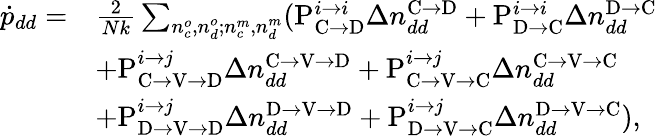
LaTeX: \begin{array}{rl}{\dot{p}_{dd}=}&{\frac{2}{Nk}\sum_{n_{c}^{o},n_{d}^{o};n_{c}^{m},n_{d}^{m}}(\mathrm{P}_{\mathrm{C}\rightarrow\mathrm{D}}^{i\rightarrow i}\Delta n_{dd}^{\mathrm{C}\rightarrow\mathrm{D}}+\mathrm{P}_{\mathrm{D}\rightarrow\mathrm{C}}^{i\rightarrow i}\Delta n_{dd}^{\mathrm{D}\rightarrow\mathrm{C}}}\\ &{+\mathrm{P}_{\mathrm{C}\rightarrow\mathrm{V}\rightarrow\mathrm{D}}^{i\rightarrow j}\Delta n_{dd}^{\mathrm{C}\rightarrow\mathrm{V}\rightarrow\mathrm{D}}+\mathrm{P}_{\mathrm{C}\rightarrow\mathrm{V}\rightarrow\mathrm{C}}^{i\rightarrow j}\Delta n_{dd}^{\mathrm{C}\rightarrow\mathrm{V}\rightarrow\mathrm{C}}}\\ &{+\mathrm{P}_{\mathrm{D}\rightarrow\mathrm{V}\rightarrow\mathrm{D}}^{i\rightarrow j}\Delta n_{dd}^{\mathrm{D}\rightarrow\mathrm{V}\rightarrow\mathrm{D}}+\mathrm{P}_{\mathrm{D}\rightarrow\mathrm{V}\rightarrow\mathrm{C}}^{i\rightarrow j}\Delta n_{dd}^{\mathrm{D}\rightarrow\mathrm{V}\rightarrow\mathrm{C}}),}\end{array}